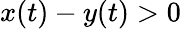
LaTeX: x(t)-y(t)>0